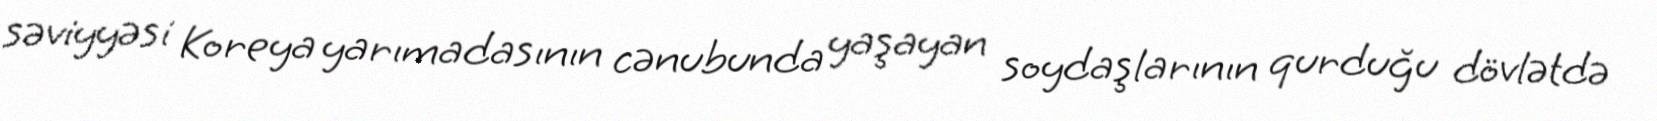
səviyyəsi Koreya yarımadasının cənubunda yaşayan soydaşlarının qurduğu dövlətdə